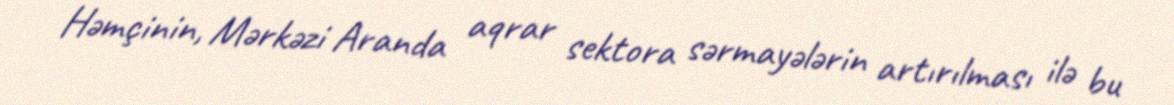
Həmçinin, Mərkəzi Aranda aqrar sektora sərmayələrin artırılması ilə bu